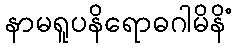
နာမရူပနိရောဓဂါမိနိံ